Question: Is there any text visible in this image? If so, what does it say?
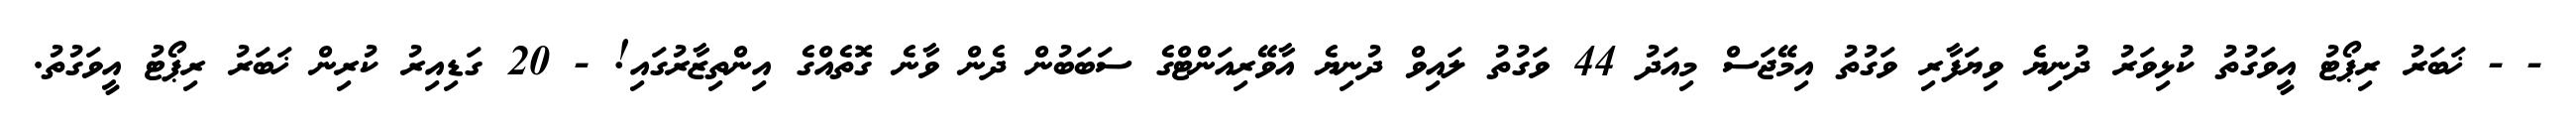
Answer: - - ޚަބަރު ރިޕޯޓު އީވަގުތު ކުޅިވަރު ދުނިޔެ ވިޔަފާރި ވަގުތު އިމޭޖަސް މިއަދު 44 ވަގުތު ލައިވް ދުނިޔެ އާވޭރިއަންޓްގެ ސަބަބުން ދެން ވާނެ ގޮތެއްގެ އިންތިޒާރުގައި! - 20 ގަޑިއިރު ކުރިން ޚަބަރު ރިޕޯޓު އީވަގުތު.